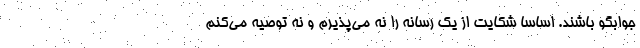
جوابگو باشند. اساسا شکایت از یک رسانه را نه می‌پذیرم و نه توصیه می‌کنم